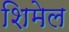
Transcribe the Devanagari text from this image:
शिमेल